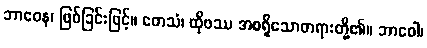
ဘာဝေန၊ ဖြစ်ခြင်းဖြင့်။ တေသံ၊ ထိုဖဿ အစရှိသောတရားတို့၏။ ဘာဝေါ၊